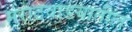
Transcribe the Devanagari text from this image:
मराठवाडयातील